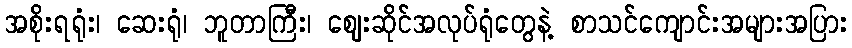
အစိုးရရုံး၊ ဆေးရုံ၊ ဘူတာကြီး၊ ဈေးဆိုင်အလုပ်ရုံတွေနဲ့ စာသင်ကျောင်းအများအပြား